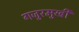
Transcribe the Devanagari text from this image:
गजुरमुखी